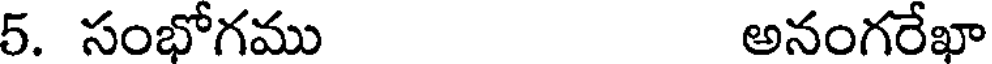
5. సంభోగము అనంగరేఖా